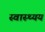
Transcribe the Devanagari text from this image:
स्वास्थ्यय